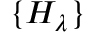
\{ H _ { \lambda } \}